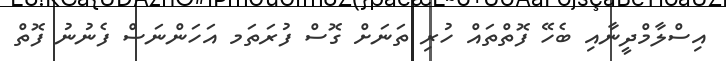
އިސްލާމްދީނާއި ބެހޭ ފޮތްތައް ހުރި ތަނަށް ގޮސް ފުރަތަމ އަހަންނަސް ފެނުނު ފޮތް